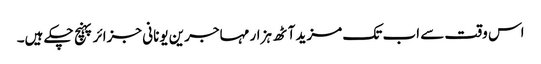
اس وقت سے اب تک ‌مزید آٹھ ہزار مہاجرین یونانی جزائر پہنچ چکے ہیں۔